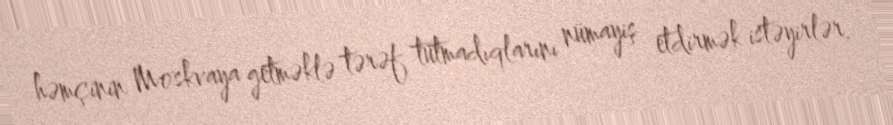
həmçinin Moskvaya getməklə tərəf tutmadıqlarını nümayiş etdirmək istəyirlər.